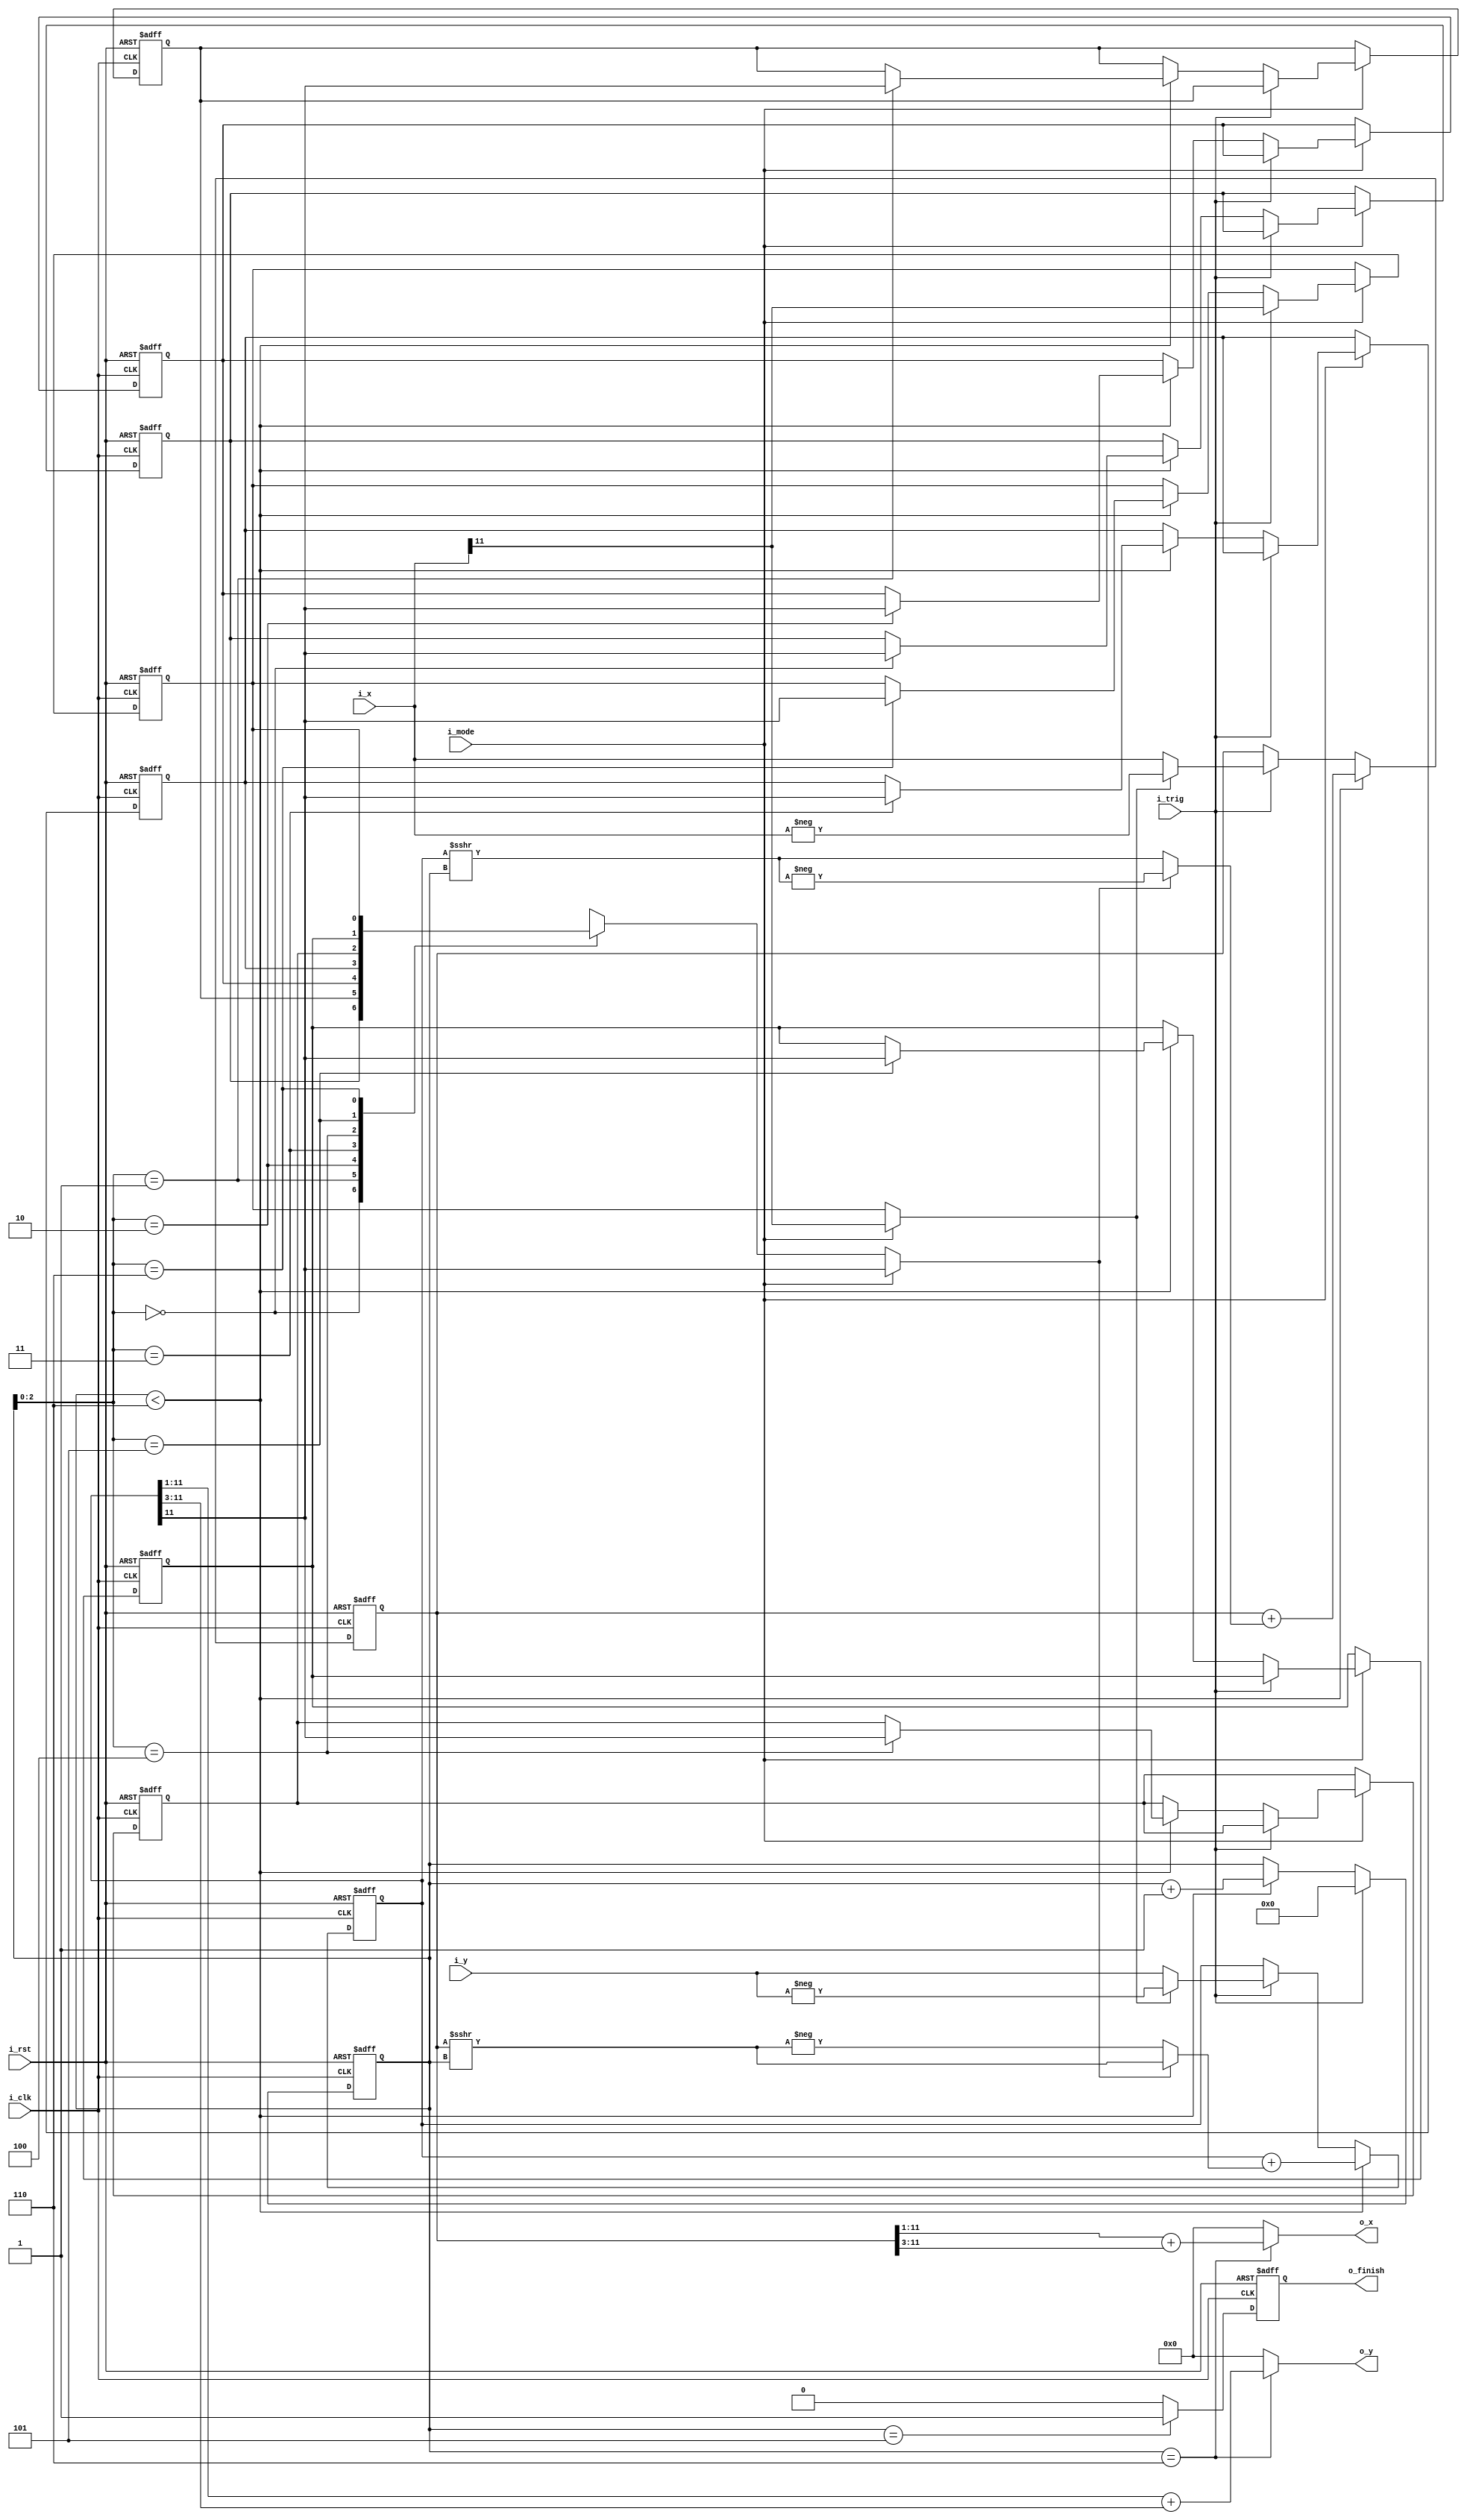
//The angles sequence is stored in Cordic with first one serving as preprocessing
module Cordic (
    i_clk,
    i_rst,
    i_trig,
    i_x,
    i_y,
    i_mode,
    // o_angle_rotate_sequence, //no need to determine the precision of angle
    o_x,
    o_y,
    o_finish //For debugging, could be deleted afterwards
);

    localparam M_VECTORING = 1'b1;
    localparam M_ROTATION = 1'b0;

    localparam IN_WIDTH      = 12; //S3.22 //originally S1.22 and S2.22, take all to be S3.22 for fixed modulization
    localparam OUT_WIDTH     = 12; //S3.22 //Fraction width can be changed to trade precision //max = 2.82
    localparam NUM_ITERATION = 6; //Angle precision is control by this loc, fixed to 15 for hardware convenient
    // localparam NUM_ITERATION = 31; //Angle precision is control by this loc, fixed to 15 for hardware convenient
    // localparam HIDDEN_WIDTH  = 1  +  26  +  0; //S? + 3.22 + ?
    localparam HIDDEN_WIDTH  = 12;//  +  0; //S? + 3.22 + ?

    //Kn = 0.607253 when NUM_ITERATION > 8 (= 0.10011011011101001111 in binary)
    //max = 2.82/0.607253 = 4.643
    
    input                         i_clk, i_trig, i_rst, i_mode;
    input  signed [IN_WIDTH-1:0]  i_x, i_y;
    // output                  o_angle_rotate_sequence;
    output        [OUT_WIDTH-1:0] o_x, o_y;
    output reg                    o_finish;

    reg signed [HIDDEN_WIDTH-1:0] x;
    reg signed [HIDDEN_WIDTH-1:0] y;
    reg  [4-1:0]              count;
    // reg  [5-1:0]              count;
    reg                       rotate_sequence[0:NUM_ITERATION];

    wire [HIDDEN_WIDTH-1:0] x_count = x >>> count;
    wire [HIDDEN_WIDTH-1:0] y_count = y >>> count;
    wire condition_0 = (i_mode == M_VECTORING) ? i_x[IN_WIDTH-1] : rotate_sequence[NUM_ITERATION];
    wire condition   = (i_mode == M_VECTORING) ? y[HIDDEN_WIDTH-1] : rotate_sequence[count];
    wire signed [HIDDEN_WIDTH-1:0] x_shift_by_count = condition ? x_count : - x_count;
    wire signed [HIDDEN_WIDTH-1:0] y_shift_by_count = condition ? - y_count : y_count;

    /////////////////////////////////////
    // wire signed [HIDDEN_WIDTH-1:0] a = (count == NUM_ITERATION) ? (x >>> 1) : x;
    // wire signed [HIDDEN_WIDTH-1:0] b = (count == NUM_ITERATION) ? (x >>> 3) : y_shift_by_count;
    // wire signed [HIDDEN_WIDTH-1:0] c = (count == NUM_ITERATION) ? (y >>> 1) : y;
    // wire signed [HIDDEN_WIDTH-1:0] d = (count == NUM_ITERATION) ? (y >>> 3) : x_shift_by_count;

    // wire signed [HIDDEN_WIDTH-1:0] x_rotate = a + b;
    // wire signed [HIDDEN_WIDTH-1:0] y_rotate = c + d;
    // assign o_x = x_rotate[HIDDEN_WIDTH-1-:OUT_WIDTH];
    // assign o_y = y_rotate[HIDDEN_WIDTH-1-:OUT_WIDTH];

    /////////////////////////////////////
    wire [HIDDEN_WIDTH-1:0] x_rotate = x + y_shift_by_count;
    wire [HIDDEN_WIDTH-1:0] y_rotate = y + x_shift_by_count;

    // wire [HIDDEN_WIDTH-1:0] x_times_Kn = (x >>> 1) + (x >>> 3); //0.10011011011101001111
    // wire [HIDDEN_WIDTH-1:0] y_times_Kn = (y >>> 1) + (y >>> 3); //0.10100(-1)00(-1)00(-1)0101000(-1)
    wire [HIDDEN_WIDTH-1:0] x_times_Kn = (count == NUM_ITERATION) ? (x >>> 1) + (x >>> 3) : 0; //0.10011011011101001111
    wire [HIDDEN_WIDTH-1:0] y_times_Kn = (count == NUM_ITERATION) ? (y >>> 1) + (y >>> 3) : 0; //0.10100(-1)00(-1)00(-1)0101000(-1)
    assign o_x = x_times_Kn[HIDDEN_WIDTH-1-:OUT_WIDTH];
    assign o_y = y_times_Kn[HIDDEN_WIDTH-1-:OUT_WIDTH];
    //////////////////////////////////////

    // wire [HIDDEN_WIDTH-1:0] x_positive_rotate = x - (y >>> count);
    // wire [HIDDEN_WIDTH-1:0] y_positive_rotate = y + (x >>> count);
    // wire [HIDDEN_WIDTH-1:0] x_negative_rotate = x + (y >>> count);
    // wire [HIDDEN_WIDTH-1:0] y_negative_rotate = y - (x >>> count);

    integer i;

    always @(posedge i_clk or posedge i_rst) begin
        if (i_rst) begin //Could be deleted
            x <= 0;
            y <= 0;
        end
        else if (count < NUM_ITERATION) begin
            // if (y[HIDDEN_WIDTH-1] == 1'b1) begin
            //     x <= x_positive_rotate;
            //     y <= y_positive_rotate;
            // end
            // else begin
            //     x <= x_negative_rotate;
            //     y <= y_negative_rotate;
            // end
            x <= x_rotate;
            y <= y_rotate;
        end
        else if (i_trig) begin
        // else if (count == NUM_ITERATION) begin //Preprocessing, rotate to 1st or 4th octant
            // count <= count + 1;
            x <= condition_0 ? -i_x : i_x;
            y <= condition_0 ? -i_y : i_y;
        end
        // else if (i_mode == M_VECTORING) begin
        //     if (count < NUM_ITERATION) begin
        //         if (y[HIDDEN_WIDTH-1] == 1'b1) begin
        //             x <= x_positive_rotate;
        //             y <= y_positive_rotate;
        //         end
        //         else begin
        //             x <= x_negative_rotate;
        //             y <= y_negative_rotate;
        //         end
        //     end
        //     else if (i_trig) begin
        //     // else if (count == NUM_ITERATION) begin //Preprocessing, rotate to 1st or 4th octant
        //         // count <= count + 1;
        //         x <= (i_x[IN_WIDTH-1] == 1'b1) ? -i_x : i_x;
        //         y <= (i_x[IN_WIDTH-1] == 1'b1) ? -i_y : i_y;
        //     end
        // end
        // else begin //i_mode = M_ROTATION
        //     if (count < NUM_ITERATION) begin
        //         if (rotate_sequence[count] == 1'b1) begin
        //             x <= x_positive_rotate;
        //             y <= y_positive_rotate;
        //         end
        //         else begin
        //             x <= x_negative_rotate;
        //             y <= y_negative_rotate;
        //         end
        //     end
        //     else if (i_trig) begin
        //     // else if (count == NUM_ITERATION) begin
        //         x <= (rotate_sequence[NUM_ITERATION] == 1'b1) ? -i_x : i_x;
        //         y <= (rotate_sequence[NUM_ITERATION] == 1'b1) ? -i_y : i_y;
        //     end
        // end
    end

    always @(posedge i_clk or posedge i_rst) begin
        if (i_rst) begin //Could be deleted
            o_finish <= 0;
        end
        else if (count == NUM_ITERATION - 1) begin
            o_finish <= 1;
        end
        else begin
            o_finish <= 0;
        end
        // else if (i_mode == M_VECTORING) begin
        //     if (count < NUM_ITERATION) begin
        //         if (count == NUM_ITERATION - 1) begin
        //             o_finish <= 1;
        //         end
        //         else begin
        //             o_finish <= 0;
        //         end
        //     end
        //     else if (i_trig) begin
        //     // else if (count == NUM_ITERATION) begin //Preprocessing, rotate to 1st or 4th octant
        //         // count <= count + 1;
        //         o_finish <= 0;
        //     end
        //     else begin
        //         o_finish <= 0;
        //     end
        // end
        // else begin //i_mode = M_ROTATION
        //     if (count < NUM_ITERATION) begin
        //         if (count == NUM_ITERATION - 1) begin
        //             o_finish <= 1;
        //         end
        //         else begin
        //             o_finish <= 0;
        //         end
        //     end
        //     else if (i_trig) begin
        //     // else if (count == NUM_ITERATION) begin
        //         o_finish <= 0;
        //     end
        //     else begin
        //         o_finish <= 0;
        //     end
        // end
    end

    always @(posedge i_clk or posedge i_rst) begin
        if (i_rst) begin //Could be deleted
            count <= NUM_ITERATION;
            for (i = 0; i <= NUM_ITERATION; i = i + 1) begin
                rotate_sequence[i] <= 0;
            end
        end
        else if (i_mode == M_VECTORING) begin
            if (i_trig) begin //Preprocessing, rotate to 1st or 4th octant
                count <= 0;
                rotate_sequence[NUM_ITERATION] <= i_x[IN_WIDTH-1];
            end
            else if (count < NUM_ITERATION) begin
                count <= count + 1;
                rotate_sequence[count] <= y[HIDDEN_WIDTH-1];
            end
        end
        else begin //i_mode = M_ROTATION
            if (i_trig) begin
                count <= 0;
            end
            else if (count < NUM_ITERATION) begin
                count <= count + 1;
            end
        end
    end




    // wire [HIDDEN_WIDTH-1:0] x_times_Kn = (x >>> 1) + (x >>> 3) + 64; //0.10011011011101001111
    // wire [HIDDEN_WIDTH-1:0] y_times_Kn = (y >>> 1) + (y >>> 3) + 64; //0.10100(-1)00(-1)00(-1)0101000(-1)

    //For iter=6, Kn=0.1001101101111011011
    // wire [HIDDEN_WIDTH-1:0]  x_times_Kn = (x >>> 1) + (x >>> 4) + (x >>> 5) + (x >>> 7) + (x >>> 8) + (x >>> 10) + (x >>> 11) + (x >>> 12) + (x >>> 13) + (x >>> 15) + (x >>> 16) + (x >>> 18) + (x >>> 19); //0.100110   110   111   01001111
    // wire [HIDDEN_WIDTH-1:0]  y_times_Kn = (y >>> 1) + (y >>> 4) + (y >>> 5) + (y >>> 7) + (y >>> 8) + (y >>> 10) + (y >>> 11) + (y >>> 12) + (y >>> 13) + (y >>> 15) + (y >>> 16) + (y >>> 18) + (y >>> 19); //0.10100(-1)00(-1)00(-1)0101000(-1)
 
    // wire [HIDDEN_WIDTH-1:0] x_times_Kn = (count >= NUM_ITERATION) ? ((x >>> 1) + (x >>> 3)) : 0; //0.10011011011101001111
    // wire [HIDDEN_WIDTH-1:0] y_times_Kn = (count >= NUM_ITERATION) ? ((y >>> 1) + (y >>> 3)) : 0; //0.10100(-1)00(-1)00(-1)0101000(-1)

    // wire [HIDDEN_WIDTH-1:0]  x_times_Kn = (x >>> 1) + (x >>> 4) + (x >>> 5) + (x >>> 7) + (x >>> 8) + (x >>> 10) + (x >>> 11) + (x >>> 12) + (x >>> 14) + (x >>> 16); //0.100110   110   111   01001111
    // wire [HIDDEN_WIDTH-1:0]  y_times_Kn = (y >>> 1) + (y >>> 4) + (y >>> 5) + (y >>> 7) + (y >>> 8) + (y >>> 10) + (y >>> 11) + (y >>> 12) + (y >>> 14) + (y >>> 16); //0.10100(-1)00(-1)00(-1)0101000(-1)
    // wire [HIDDEN_WIDTH+12-1:0]  x_times_Kn = (x << 11) + (x << 8) + (x << 7) + (x << 5) + (x << 4) + (x << 2) + (x << 1) + x; //0.10011011011101001111
    // wire [HIDDEN_WIDTH+12-1:0]  y_times_Kn = (y << 11) + (y << 8) + (y << 7) + (y << 5) + (y << 4) + (y << 2) + (y << 1) + y;

    // assign o_x = x_times_Kn[HIDDEN_WIDTH-2-:OUT_WIDTH];
    // assign o_y = y_times_Kn[HIDDEN_WIDTH-2-:OUT_WIDTH];
    // assign o_x = x_times_Kn[HIDDEN_WIDTH+12-1-:OUT_WIDTH];
    // assign o_y = y_times_Kn[HIDDEN_WIDTH+12-1-:OUT_WIDTH];
endmodule

//can change to add x>>>12 and x>>>11 early, ... because that would not change much
//change back to count = 0 when NUM ITER != 15